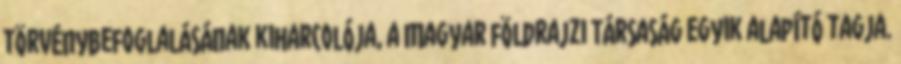
törvénybefoglalásának kiharcolója, a Magyar földrajzi Társaság egyik alapító tagja.